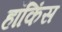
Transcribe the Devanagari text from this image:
हॉकिंस